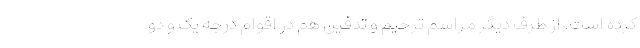
کرده است. از طرف دیگر مراسم ترحیم و تدفین هم در اقوام درجه یک و دو